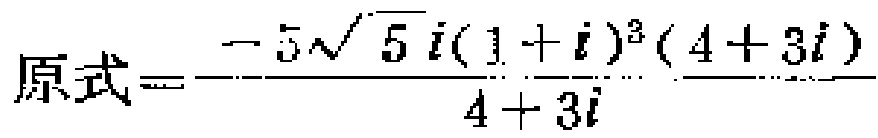
原式\(=\frac{-5\sqrt{5}i(1 + i)^{3}(4 + 3i)}{4 + 3i}\)